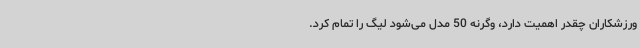
ورزشکاران چقدر اهمیت دارد، وگرنه 50 مدل می‌شود لیگ را تمام کرد. ‌